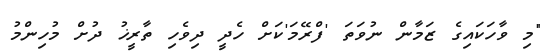
"މި ވާހަކައިގެ ޒަމާން ނުވަތަ 'ފްރޭމަ'ކަށް ހެދީ ދިވެހި ތާރީޚު ދުށް މުހިންމު